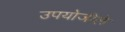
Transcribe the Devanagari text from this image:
उपयोजीले